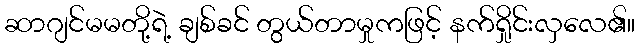
ဆာဂျင်မမတို့ရဲ့ ချစ်ခင် တွယ်တာမှုကဖြင့် နက်ရှိုင်းလှလေ၏။